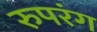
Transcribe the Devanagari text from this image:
रुपरंग